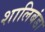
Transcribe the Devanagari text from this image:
शालिबंडा